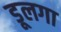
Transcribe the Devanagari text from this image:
डूलगा